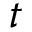
t